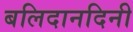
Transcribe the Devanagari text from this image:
बलिदानदिनी